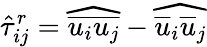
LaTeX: {\hat{\tau}}_{ij}^{r}={\widehat{\overline{{u_{i}u_{j}}}}}-{\widehat{{\overline{{u}}}_{i}{\overline{{u}}}_{j}}}